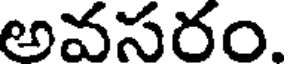
అవసరం.